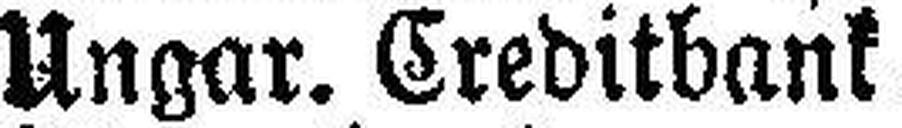
Ungar. Creditbank